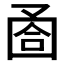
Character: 𡇶